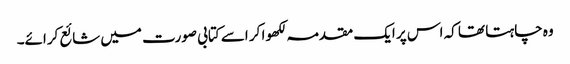
وہ چاہتا تھا کہ اس پر ایک مقدمہ لکھوا کر اسے کتابی صورت میں شائع کرائے۔